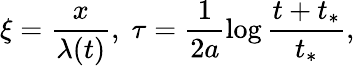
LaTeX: \xi=\frac{x}{\lambda(t)},\; \tau=\frac{1}{2a}\log\frac{t+t_{*}}{t_{*}},